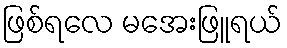
ဖြစ်ရလေ မအေးဖြူရယ်